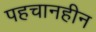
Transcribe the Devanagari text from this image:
पहचानहीन